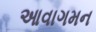
આવાગમન